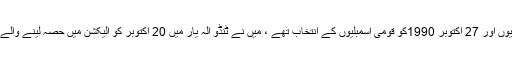
24 اکتوبر 1990کو صوبائی اسمبلیوں اور 27 اکتوبر 1990کو قومی اسمبلیوں کے انتخاب تھے ، میں نے ٹنڈو الہ یار میں 20 اکتوبر کو الیکشن میں حصہ لینے والے تمام امیدواروں سے میٹنگ رکھی ۔